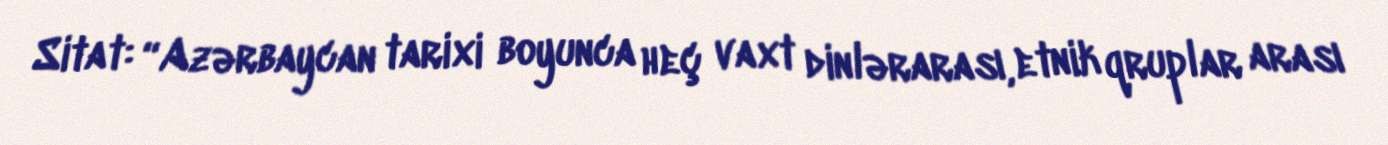
Sitat: “Azərbaycan tarixi boyunca heç vaxt dinlərarası, etnik qruplar arası